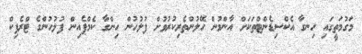
މަގުމަތީގައި ހިނގާ އެކްސިޑެންޓްތަކަށް އާންމުން ހޭލުންތެރިކުރުވުށް ފުލުހުން ހިންގާ ކެމްޕެއިން ފުލުހުންގެ ޓްރެފިކް